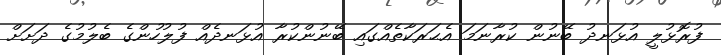
ފުރޮޅުލީ އުޅަނދު ބޭނުން ކުރާނަމަ އެޙަރަކާތެއްގައި ބޭނުންކުރާ އުޅަނދެއް ފުލުހުންގެ ބެލުމުގެ ދަށަށް